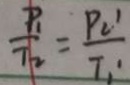
\frac { P 1 } { T 2 } = \frac { p _ { 1 } } { T _ { 1 } }